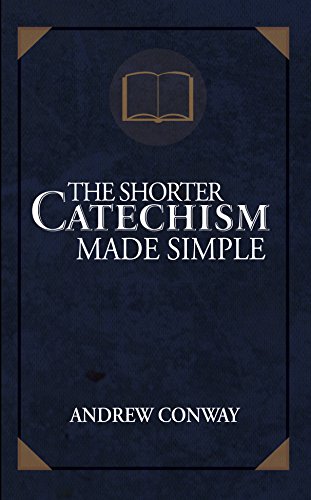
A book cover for The Shorter Catechism Made Simple; Andrew Conway; Christian Books & Bibles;